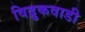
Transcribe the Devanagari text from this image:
विद्रुकवाडी